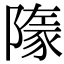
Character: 𧱞